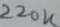
Text: 220K